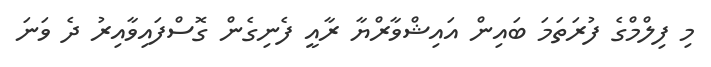
މި ފިލްމްގެ ފުރަތަމަ ބައިން އައިޝްވާރްޔާ ރާއީ ފެނިގެން ގޮސްފައިވާއިރު ދެ ވަނަ